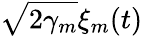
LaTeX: \sqrt{2\gamma_{m}}\xi_{m}(t)